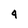
Character: 4